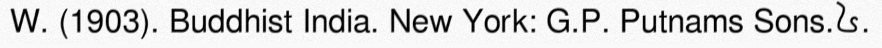
W. (1903). Buddhist India. New York: G.P. Putnams Sons.៤.